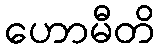
ဟောမီတိ